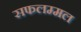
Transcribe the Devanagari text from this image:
सफलम्मल